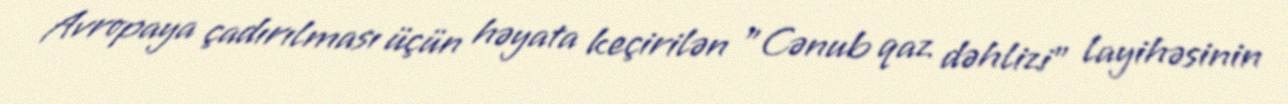
Avropaya çadırılması üçün həyata keçirilən "Cənub qaz dəhlizi" layihəsinin